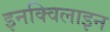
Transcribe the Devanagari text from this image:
इनक्विलाइन